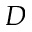
D